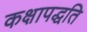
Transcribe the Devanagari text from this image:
कक्षापद्धति